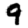
Digit: 9